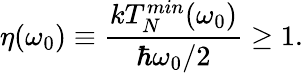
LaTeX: \eta(\omega_{0})\equiv\frac{kT_{N}^{min}(\omega_{0})}{\hbar\omega_{0}/2}\geq 1.